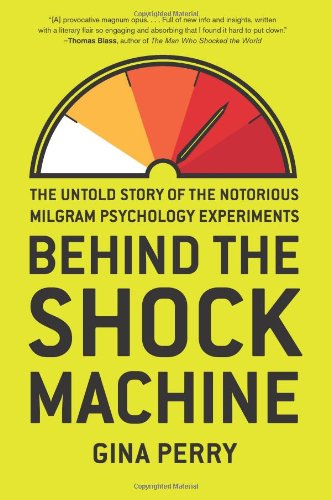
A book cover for Behind the Shock Machine: The Untold Story of the Notorious Milgram Psychology Experiments; Gina Perry; Medical Books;